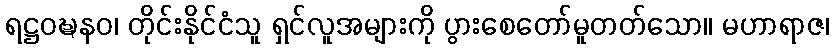
ရဋ္ဌဝဍ္ဎနဝ၊ တိုင်းနိုင်ငံသူ ရှင်လူအများကို ပွားစေတော်မူတတ်သော။ မဟာရာဇ၊